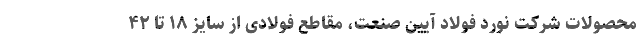
محصولات شرکت نورد فولاد آیین صنعت، مقاطع فولادی از سایز ۱۸ تا ۴۲